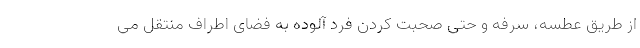
از طریق عطسه، سرفه و حتی صحبت کردن فرد آلوده به فضای اطراف منتقل می